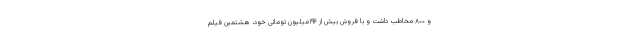
و ۸۰۰ مخاطب داشت و با فروش بیش از ۱۹۶میلیون تومانی خود، هشتمین فیلم